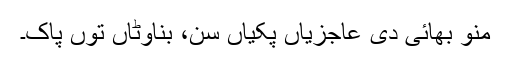
منو بھائی دی عاجزیاں پکیاں سن، بناوٹاں توں پاک۔